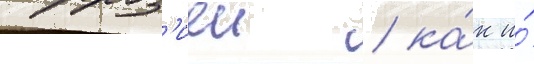
корроз'иеи / ка́к и́